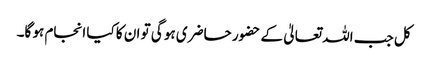
کل جب اللہ تعالیٰ کے حضور حاضری ہو گی تو ان کا کیا انجام ہو گا۔